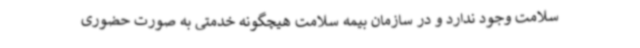
سلامت وجود ندارد و در سازمان بیمه سلامت هیچگونه خدمتی به صورت حضوری